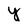
Character: Y